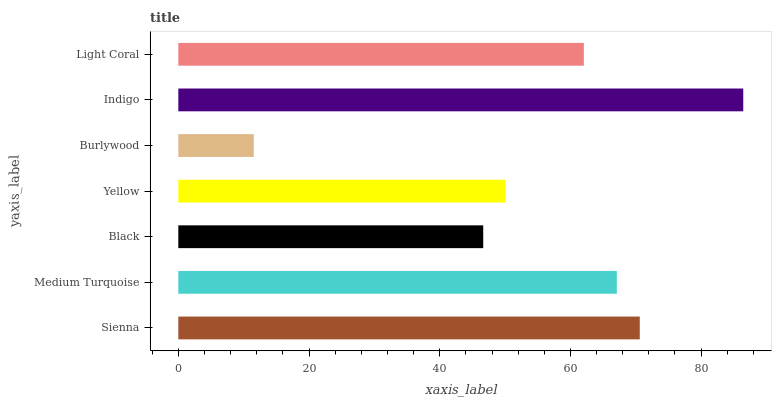
| yaxis_label | bars |
 | --- | --- |
 | Sienna | 70.6 |
 | Medium Turquoise | 67.1 |
 | Black | 46.7 |
 | Yellow | 50.1 |
 | Burlywood | 11.6 |
 | Indigo | 86.4 |
 | Light Coral | 62.1 |